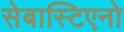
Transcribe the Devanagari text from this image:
सेबास्टिएनो